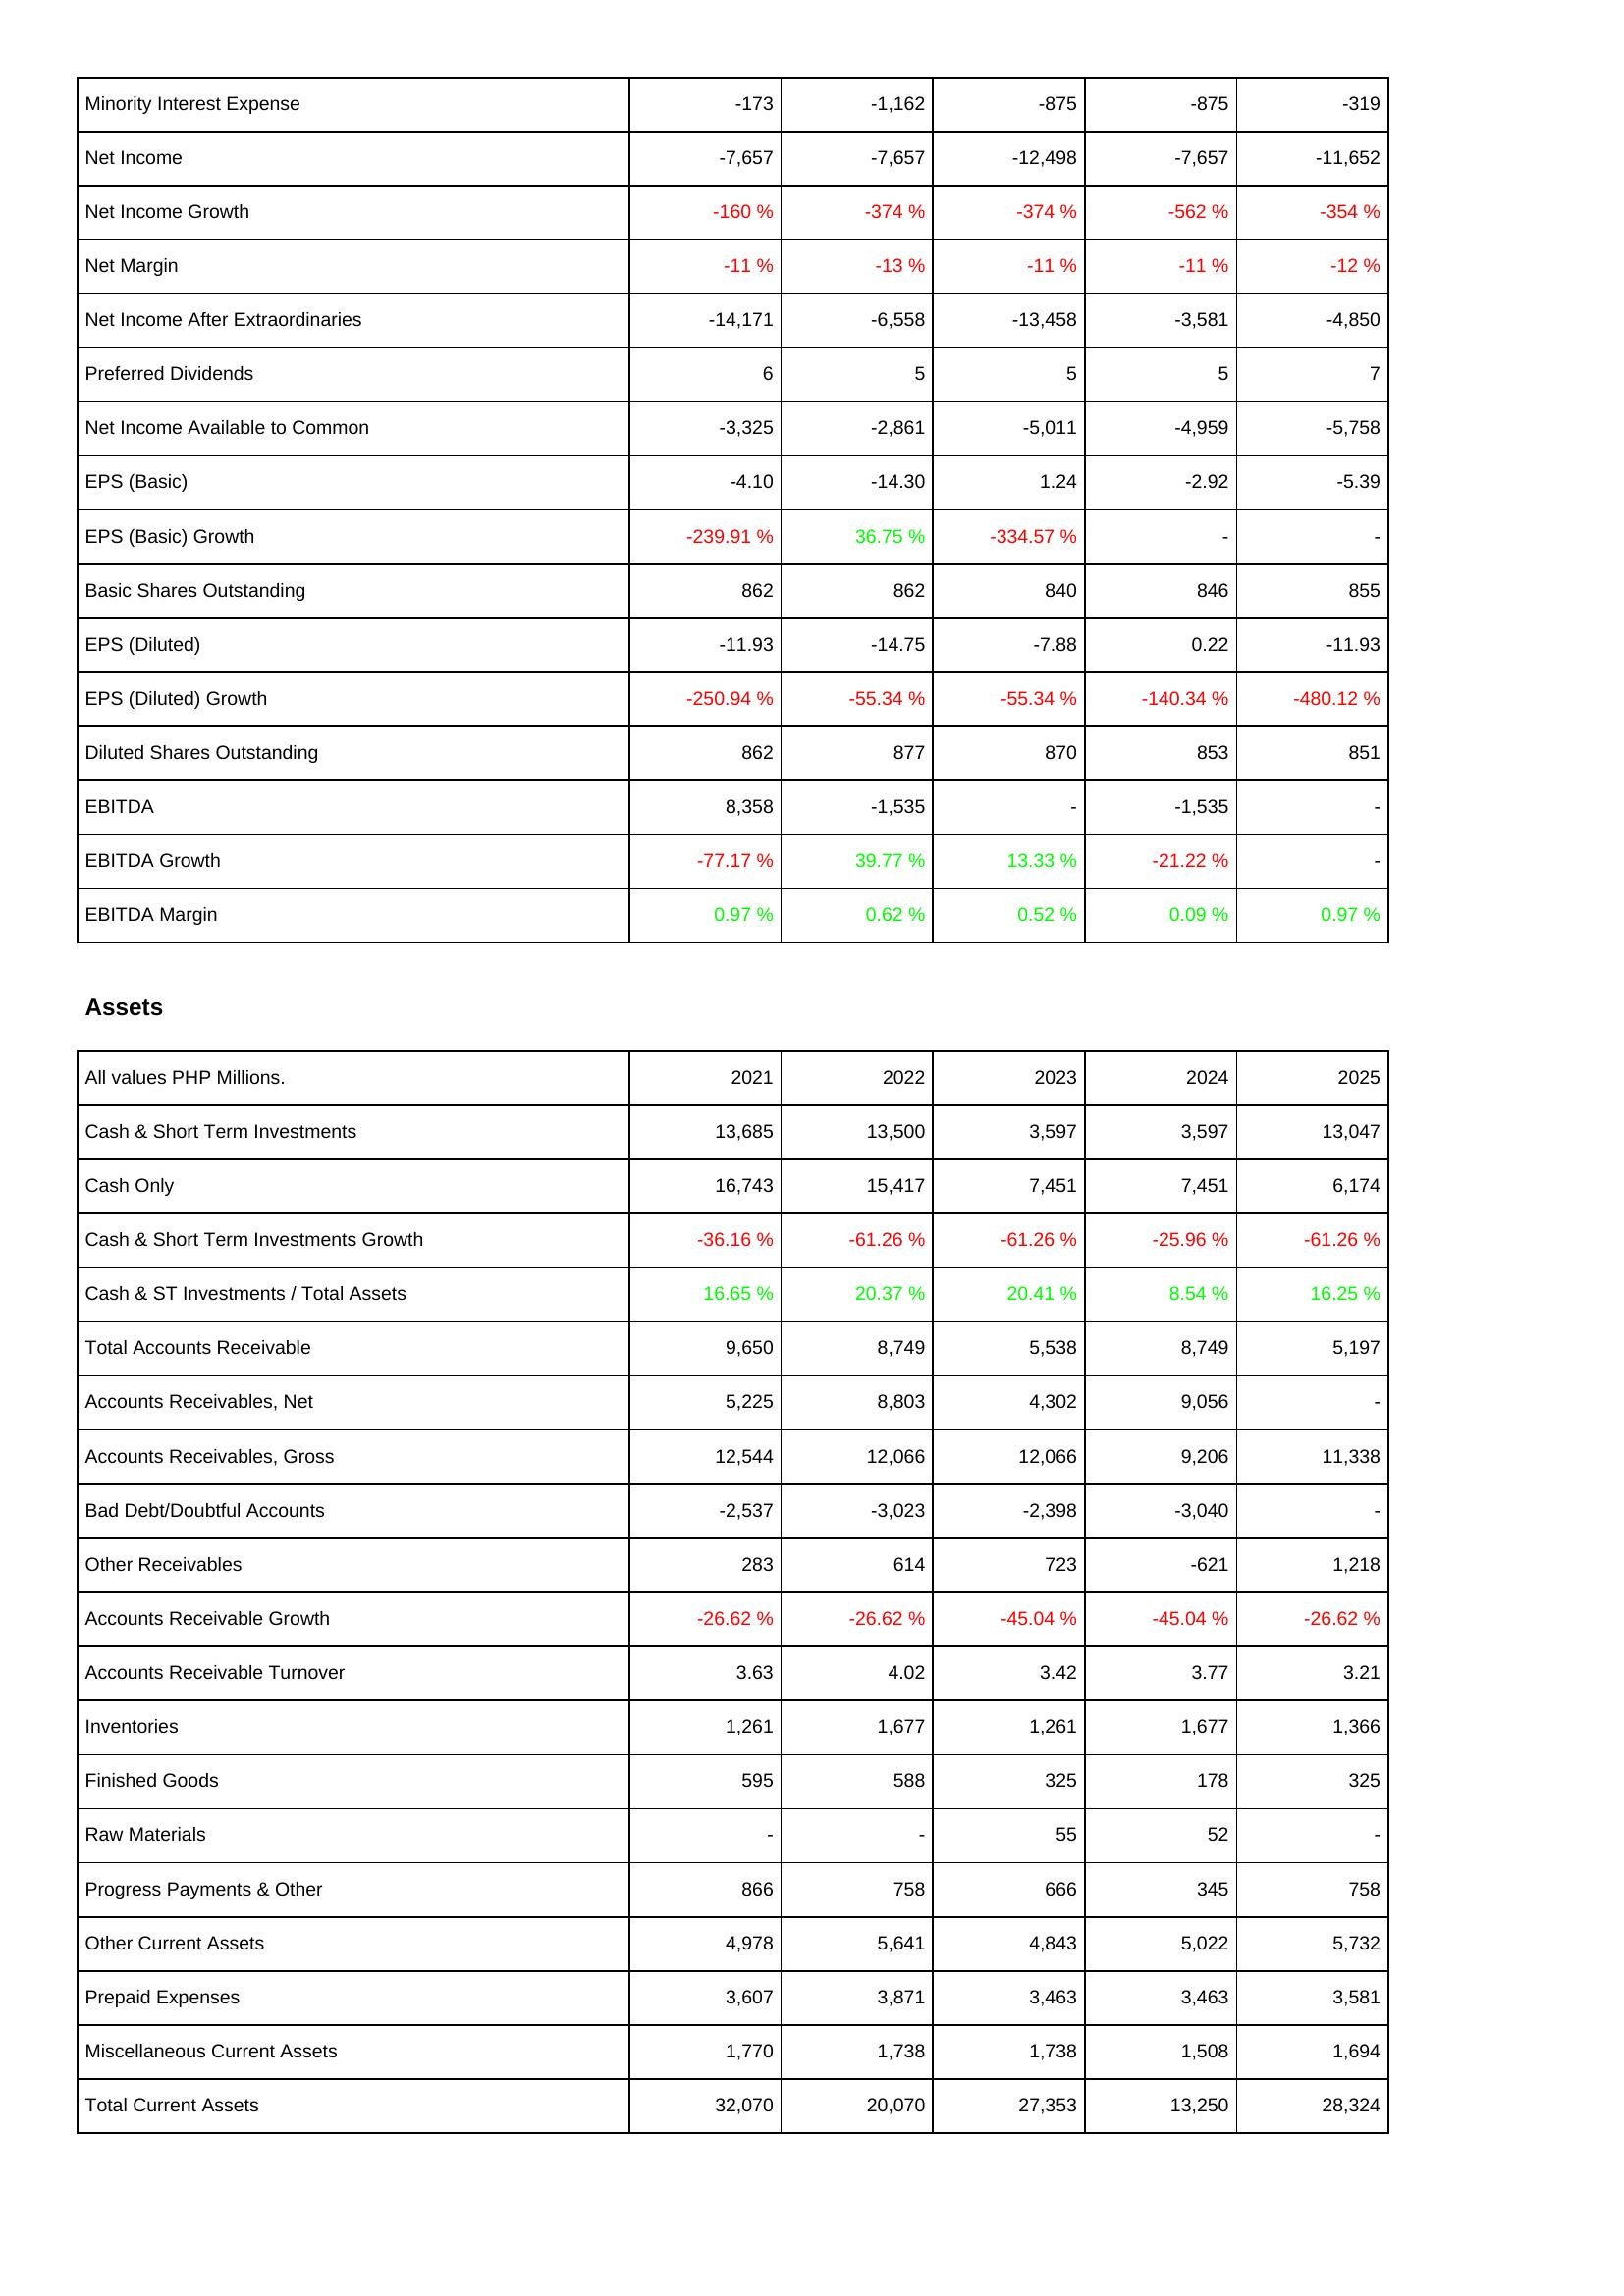
2021: Income Statement: Minority Interest Expense: -173
Net Income: -7,657
Net Income Growth: -160 %
Net Margin: -11 %
Net Income After Extraordinaries: -14,171
Preferred Dividends: 6
Net Income Available to Common: -3,325
EPS (Basic): -4.10
EPS (Basic) Growth: -239.91 %
Basic Shares Outstanding: 862
EPS (Diluted): -11.93
EPS (Diluted) Growth: -250.94 %
Diluted Shares Outstanding: 862
EBITDA: 8,358
EBITDA Growth: -77.17 %
EBITDA Margin: 0.97 %
Assets: Cash & Short Term Investments: 13,685
Cash Only: 16,743
Cash & Short Term Investments Growth: -36.16 %
Cash & ST Investments / Total Assets: 16.65 %
Total Accounts Receivable: 9,650
Accounts Receivables, Net: 5,225
Accounts Receivables, Gross: 12,544
Bad Debt/Doubtful Accounts: -2,537
Other Receivables: 283
Accounts Receivable Growth: -26.62 %
Accounts Receivable Turnover: 3.63
Inventories: 1,261
Finished Goods: 595
Raw Materials: -
Progress Payments & Other: 866
Other Current Assets: 4,978
Prepaid Expenses: 3,607
Miscellaneous Current Assets: 1,770
Total Current Assets: 32,070
2022: Income Statement: Minority Interest Expense: -1,162
Net Income: -7,657
Net Income Growth: -374 %
Net Margin: -13 %
Net Income After Extraordinaries: -6,558
Preferred Dividends: 5
Net Income Available to Common: -2,861
EPS (Basic): -14.30
EPS (Basic) Growth: 36.75 %
Basic Shares Outstanding: 862
EPS (Diluted): -14.75
EPS (Diluted) Growth: -55.34 %
Diluted Shares Outstanding: 877
EBITDA: -1,535
EBITDA Growth: 39.77 %
EBITDA Margin: 0.62 %
Assets: Cash & Short Term Investments: 13,500
Cash Only: 15,417
Cash & Short Term Investments Growth: -61.26 %
Cash & ST Investments / Total Assets: 20.37 %
Total Accounts Receivable: 8,749
Accounts Receivables, Net: 8,803
Accounts Receivables, Gross: 12,066
Bad Debt/Doubtful Accounts: -3,023
Other Receivables: 614
Accounts Receivable Growth: -26.62 %
Accounts Receivable Turnover: 4.02
Inventories: 1,677
Finished Goods: 588
Raw Materials: -
Progress Payments & Other: 758
Other Current Assets: 5,641
Prepaid Expenses: 3,871
Miscellaneous Current Assets: 1,738
Total Current Assets: 20,070
2023: Income Statement: Minority Interest Expense: -875
Net Income: -12,498
Net Income Growth: -374 %
Net Margin: -11 %
Net Income After Extraordinaries: -13,458
Preferred Dividends: 5
Net Income Available to Common: -5,011
EPS (Basic): 1.24
EPS (Basic) Growth: -334.57 %
Basic Shares Outstanding: 840
EPS (Diluted): -7.88
EPS (Diluted) Growth: -55.34 %
Diluted Shares Outstanding: 870
EBITDA: -
EBITDA Growth: 13.33 %
EBITDA Margin: 0.52 %
Assets: Cash & Short Term Investments: 3,597
Cash Only: 7,451
Cash & Short Term Investments Growth: -61.26 %
Cash & ST Investments / Total Assets: 20.41 %
Total Accounts Receivable: 5,538
Accounts Receivables, Net: 4,302
Accounts Receivables, Gross: 12,066
Bad Debt/Doubtful Accounts: -2,398
Other Receivables: 723
Accounts Receivable Growth: -45.04 %
Accounts Receivable Turnover: 3.42
Inventories: 1,261
Finished Goods: 325
Raw Materials: 55
Progress Payments & Other: 666
Other Current Assets: 4,843
Prepaid Expenses: 3,463
Miscellaneous Current Assets: 1,738
Total Current Assets: 27,353
2024: Income Statement: Minority Interest Expense: -875
Net Income: -7,657
Net Income Growth: -562 %
Net Margin: -11 %
Net Income After Extraordinaries: -3,581
Preferred Dividends: 5
Net Income Available to Common: -4,959
EPS (Basic): -2.92
EPS (Basic) Growth: -
Basic Shares Outstanding: 846
EPS (Diluted): 0.22
EPS (Diluted) Growth: -140.34 %
Diluted Shares Outstanding: 853
EBITDA: -1,535
EBITDA Growth: -21.22 %
EBITDA Margin: 0.09 %
Assets: Cash & Short Term Investments: 3,597
Cash Only: 7,451
Cash & Short Term Investments Growth: -25.96 %
Cash & ST Investments / Total Assets: 8.54 %
Total Accounts Receivable: 8,749
Accounts Receivables, Net: 9,056
Accounts Receivables, Gross: 9,206
Bad Debt/Doubtful Accounts: -3,040
Other Receivables: -621
Accounts Receivable Growth: -45.04 %
Accounts Receivable Turnover: 3.77
Inventories: 1,677
Finished Goods: 178
Raw Materials: 52
Progress Payments & Other: 345
Other Current Assets: 5,022
Prepaid Expenses: 3,463
Miscellaneous Current Assets: 1,508
Total Current Assets: 13,250
2025: Income Statement: Minority Interest Expense: -319
Net Income: -11,652
Net Income Growth: -354 %
Net Margin: -12 %
Net Income After Extraordinaries: -4,850
Preferred Dividends: 7
Net Income Available to Common: -5,758
EPS (Basic): -5.39
EPS (Basic) Growth: -
Basic Shares Outstanding: 855
EPS (Diluted): -11.93
EPS (Diluted) Growth: -480.12 %
Diluted Shares Outstanding: 851
EBITDA: -
EBITDA Growth: -
EBITDA Margin: 0.97 %
Assets: Cash & Short Term Investments: 13,047
Cash Only: 6,174
Cash & Short Term Investments Growth: -61.26 %
Cash & ST Investments / Total Assets: 16.25 %
Total Accounts Receivable: 5,197
Accounts Receivables, Net: -
Accounts Receivables, Gross: 11,338
Bad Debt/Doubtful Accounts: -
Other Receivables: 1,218
Accounts Receivable Growth: -26.62 %
Accounts Receivable Turnover: 3.21
Inventories: 1,366
Finished Goods: 325
Raw Materials: -
Progress Payments & Other: 758
Other Current Assets: 5,732
Prepaid Expenses: 3,581
Miscellaneous Current Assets: 1,694
Total Current Assets: 28,324